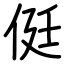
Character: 侹